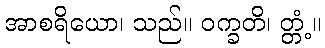
အာစရိယော၊ သည်။ ဝက္ခတိ၊ တ္တံ့။